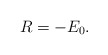
\begin{align*} R = - E_0.\end{align*}